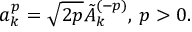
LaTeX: a _ { k } ^ { p } = \sqrt { 2 p } \tilde { A } _ { k } ^ { ( - p ) } , \, p > 0 .